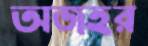
অজহর